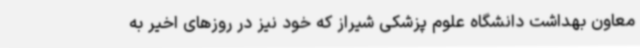
معاون بهداشت دانشگاه علوم پزشکی شیراز که خود نیز در روزهای اخیر به